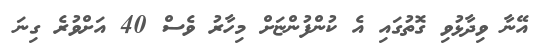
އޭނާ ވިދާޅުވި ގޮތުގައި އެ ކުންފުންޏަށް މިހާރު ވެސް 40 އަށްވުރެ ގިނަ